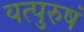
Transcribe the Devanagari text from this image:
यत्पुरुषं